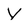
Character: Y